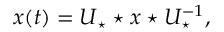
x ( t ) = U _ { \star } \star x \star U _ { \star } ^ { - 1 } ,